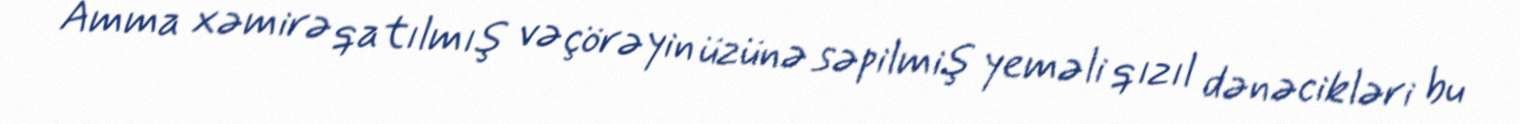
Amma xəmirə qatılmış və çörəyin üzünə səpilmiş yeməli qızıl dənəcikləri bu